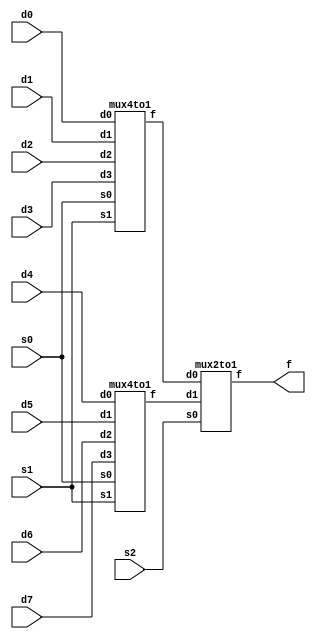
/* ========================================================= */
/*                    MULTIPLEXER MODULE(s)                  */
/* ========================================================= */
module mux8to1(d0, d1, d2, d3, d4, d5, d6, d7, s0, s1, s2, f);
	input d0, d1, d2, d3, d4, d5, d6, d7, s0, s1, s2;
	output f;
	
	mux4to1 mux0 (d0, d1, d2, d3, s0, s1, w1);
	mux4to1 mux1 (d4, d5, d6, d7, s0, s1, w2);
	mux2to1 mux2 (w1, w2, s2, f);
	
	/*	FOR TESTING:
	assign d0 = 0;
	assign d1 = 0;
	assign d2 = 0;
	assign d2 = 0;
	assign d4 = 1;
	assign d5 = 1;
	assign d6 = 1;
	assign d7 = 0;
	assign d8 = 1;
	assign s0 = 1;
	assign s1 = 1;
	assign s2 = 1;
	
	initial
		begin
		$monitor($time,,"d7=%b, d6=%b, d5=%b, d4=%b, d3=%b, d2=%b, d1=%b, d0=%b, s2=%b, s1=%b, s0=%b, f=%b", d7, d6, d5, d4, d3, d2, d1, d0, s2, s1, s0, f);
		$display($time,,"d7=%b, d6=%b, d5=%b, d4=%b, d3=%b, d2=%b, d1=%b, d0=%b, s2=%b, s1=%b, s0=%b, f=%b", d7, d6, d5, d4, d3, d2, d1, d0, s2, s1, s0, f);
		$display($time,,"d7=%b, d6=%b, d5=%b, d4=%b, d3=%b, d2=%b, d1=%b, d0=%b, s2=%b, s1=%b, s0=%b, f=%b", d7, d6, d5, d4, d3, d2, d1, d0, s2, s1, s0, f);
		end
	*/
endmodule

module mux4to1(d0, d1, d2, d3, s0, s1, f);
	input d0, d1, d2, d3, s0, s1;
	output f;
	
	mux2to1 mux0 (d0, d1, s0, w1);
	mux2to1 mux1 (d2, d3, s0, w2);
	mux2to1 mux2 (w1, w2, s1, f);

	/* FOR TESTING:
	assign d0 = 0;
	assign d1 = 0;
	assign d2 = 0;
	assign d3 = 1;
	assign s0 = 1;
	assign s1 = 1;
	
	initial
		begin
		$monitor($time,,"d3=%b, d2=%b, d1=%b, d0=%b, s1=%b, s0=%b, f=%b", d3, d2, d1, d0, s1, s0, f);
		$display($time,,"d3=%b, d2=%b, d1=%b, d0=%b, s1=%b, s0=%b, f=%b", d3, d2, d1, d0, s1, s0, f);
		$display($time,,"d3=%b, d2=%b, d1=%b, d0=%b, s1=%b, s0=%b, f=%b", d3, d2, d1, d0, s1, s0, f);
		end
	*/
endmodule

module mux2to1(d0, d1, s0, f);
	input d0, d1, s0;
	output f;
	
	and(w17, d1, s0);
	not(w15, s0);
	and(w18, w15, d0);
	or(f, w17, w18);
	
	/* FOR TESTING:
	assign d0 = 0;
	assign d1 = 1;
	assign s0 = 1;
	
	initial
		begin
		$monitor($time,,"d1=%b, d0=%b, s0=%b f=%b",d1,d0,s0, f);
		$display($time,,"d1=%b, d0=%b, s0=%b f=%b",d1,d0,s0, f);
		$display($time,,"d1=%b, d0=%b, s0=%b f=%b",d1,d0,s0, f);
		end
	*/
endmodule